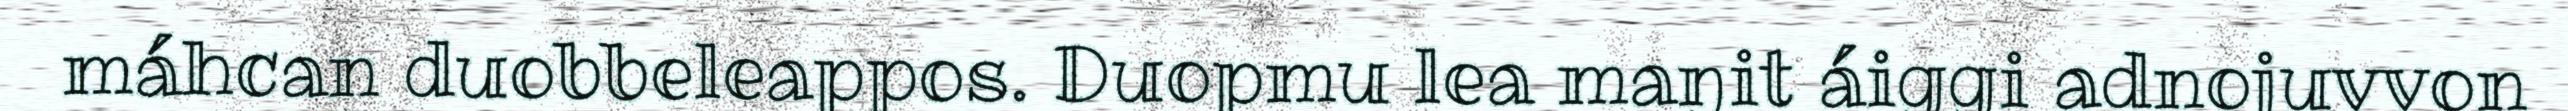
máhcan duobbeleappos. Duopmu lea maŋit áiggi adnojuvvon